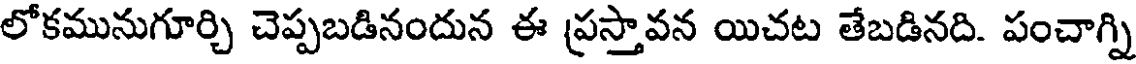
లోకమునుగూర్చి చెప్పబడినందున ఈ ప్రస్తావన యిచట తేబడినది. పంచాగ్ని